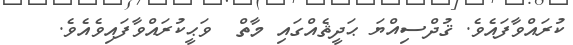
ކުރައްވާފައެވެ. ޤުދްސިއްޔަ ޙަދީޘެއްގައި މާތް  ވަޙީކުރައްވާފައިވެއެވެ.